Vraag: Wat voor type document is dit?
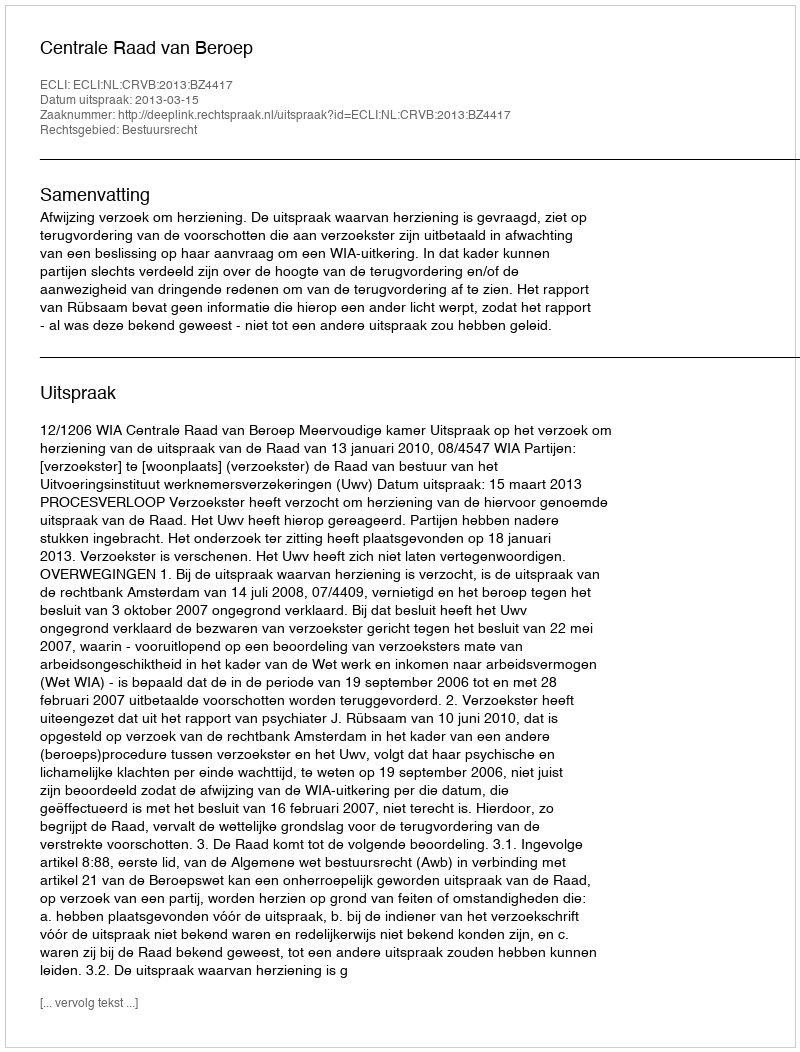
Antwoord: Uitspraak